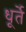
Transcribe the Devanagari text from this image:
धूर्ते